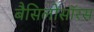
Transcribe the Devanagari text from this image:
बैसिलोसॉरस